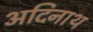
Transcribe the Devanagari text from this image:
अदिनाथ